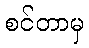
စင်တာမှ